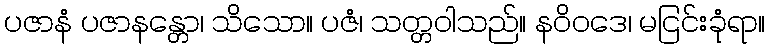
ပဇာနံ ပဇာနန္တော၊ သိသော။ ပဇံ၊ သတ္တဝါသည်။ နဝိဝဒေ၊ မငြင်းခုံရာ။